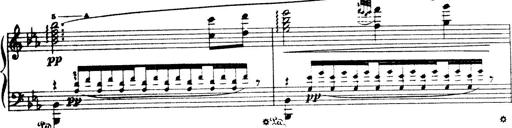
Title: Wagner-Liszt Album
Composer: Franz Liszt